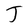
Character: J